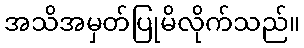
အသိအမှတ်ပြုမိလိုက်သည်။